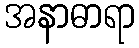
အနာဓာရာ